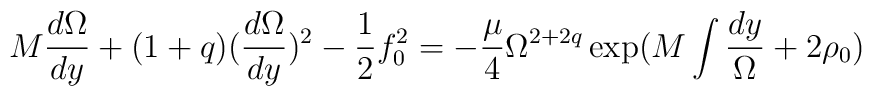
M  \frac{d\Omega}{dy} +  (1 + q) ( \frac{d\Omega}{dy})^2 - \frac{1}{2} f_0^2 = - \frac{\mu}{4} \Omega^{2 + 2q}\exp  ( M  \int \frac{dy}{\Omega} + 2 \rho_0 )